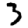
Digit: 3